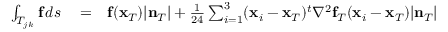
\begin{array} { r l r } { \int _ { T _ { j k } } { \bf f } \, d s } & { { } = } & { { \bf f } ( { \bf x } _ { T } ) | { \bf n } _ { T } | + \frac { 1 } { 2 4 } \sum _ { i = 1 } ^ { 3 } ( { \bf x } _ { i } - { \bf x } _ { T } ) ^ { t } \nabla ^ { 2 } { \bf f } _ { T } ( { \bf x } _ { i } - { \bf x } _ { T } ) | { \bf n } _ { T } | } \end{array}